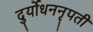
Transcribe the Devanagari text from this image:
दुर्योधननृपती